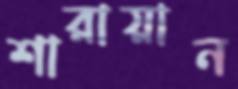
শারায়ান